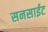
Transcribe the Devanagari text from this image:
सनसाईट